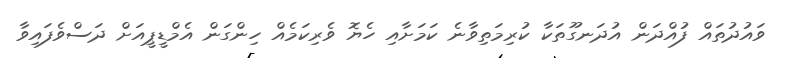
ވައުދުތައް ފުއްދަން އުދަނގޫތަކާ ކުރިމަތިވާނެ ކަމަށާއި ހެޔޮ ވެރިކަމެއް ހިންގަން އެމްޑީޕީއަށް ދަސްވެފައިވާ